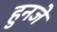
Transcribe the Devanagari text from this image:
हुनजे